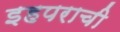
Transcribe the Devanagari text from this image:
इहपराची